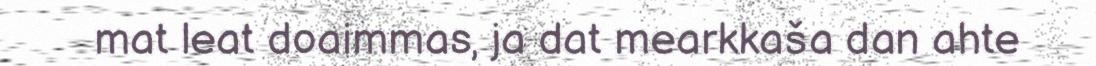
mat leat doaimmas, ja dat mearkkaša dan ahte